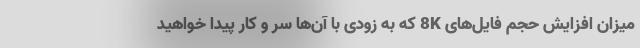
میزان افزایش حجم فایل‌های 8K که به زودی با آن‌ها سر و کار پیدا خواهید